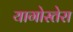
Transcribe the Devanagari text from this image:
यागोस्तेरा